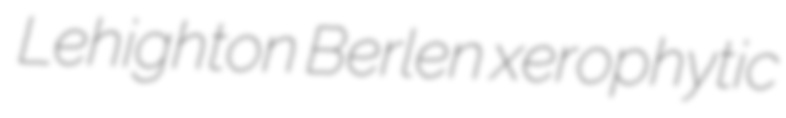
Lehighton Berlen xerophytic